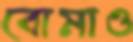
বোমাও